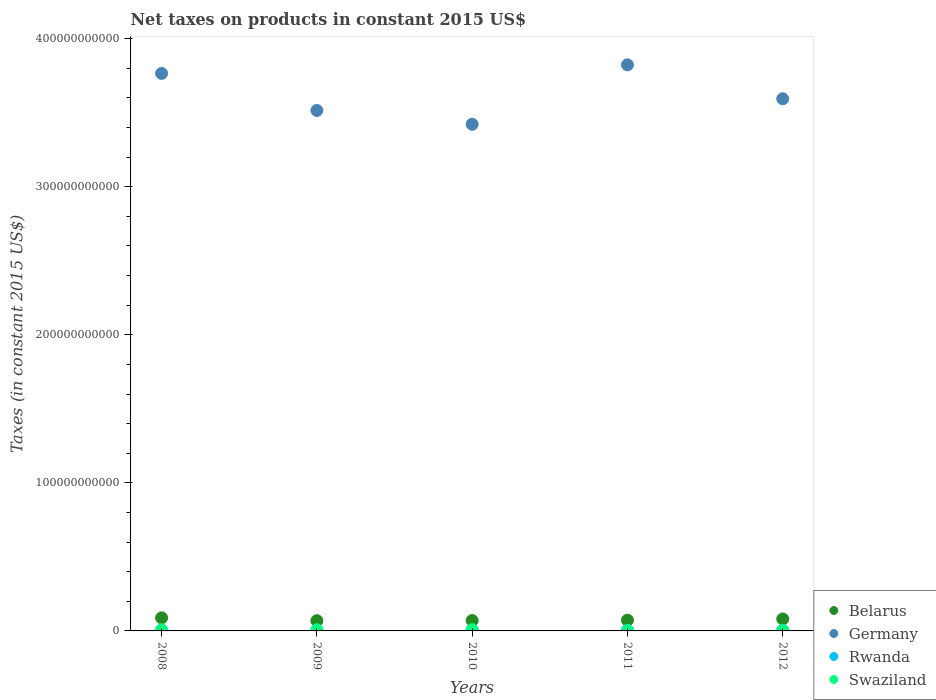
| Years | Belarus | Germany | Rwanda | Swaziland |
 | --- | --- | --- | --- | --- |
 | 2008 | 8.82e+09 | 3.77e+11 | 3.09e+08 | 7.8e+08 |
 | 2009 | 6.91e+09 | 3.52e+11 | 3.31e+08 | 7.83e+08 |
 | 2010 | 7.01e+09 | 3.42e+11 | 3.58e+08 | 8.88e+08 |
 | 2011 | 7.28e+09 | 3.82e+11 | 4.3e+08 | 2.24e+08 |
 | 2012 | 8.08e+09 | 3.59e+11 | 3.86e+08 | 2.85e+08 |